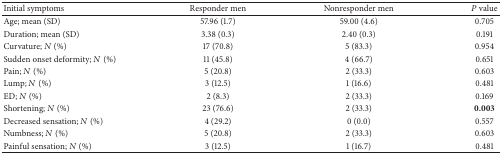
<table><thead><tr><td><b>Initial symptoms</b></td><td><b>Responder men </b></td><td><b>Nonresponder men</b></td><td><b><i>P</i> value</b></td></tr></thead><tbody><tr><td>Age; mean (SD)</td><td>57.96 (1.7)</td><td>59.00 (4.6)</td><td>0.705</td></tr><tr><td>Duration; mean (SD)</td><td>3.38 (0.3)</td><td>2.40 (0.3)</td><td>0.191</td></tr><tr><td>Curvature; <i>N</i> (%)</td><td>17 (70.8)</td><td>5 (83.3)</td><td>0.954</td></tr><tr><td>Sudden onset deformity; <i>N</i> (%)</td><td>11 (45.8)</td><td>4 (66.7)</td><td>0.651</td></tr><tr><td>Pain; <i>N</i> (%)</td><td>5 (20.8)</td><td>2 (33.3)</td><td>0.603</td></tr><tr><td>Lump; <i>N</i> (%)</td><td>3 (12.5)</td><td>1 (16.6)</td><td>0.481</td></tr><tr><td>ED; <i>N</i> (%)</td><td>2 (8.3)</td><td>2 (33.3)</td><td>0.169</td></tr><tr><td>Shortening; <i>N</i> (%)</td><td> 23 (76.6)</td><td>2 (33.3)</td><td><b>0.003</b></td></tr><tr><td>Decreased sensation; <i>N</i> (%)</td><td>4 (29.2)</td><td>0 (0.0)</td><td>0.557</td></tr><tr><td>Numbness; <i>N</i> (%)</td><td>5 (20.8)</td><td>2 (33.3)</td><td>0.603</td></tr><tr><td>Painful sensation; <i>N</i> (%)</td><td>3 (12.5)</td><td>1 (16.7)</td><td>0.481</td></tr></tbody></table>